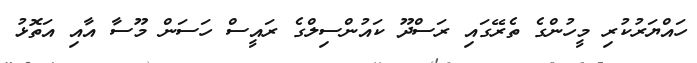
ހައްޔަރުކުރި މީހުންގެ ތެރޭގައި ރަސްދޫ ކައުންސިލްގެ ރައީސް ހަސަން މޫސާ އާއި އަތޮޅު